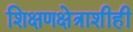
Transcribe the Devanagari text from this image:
शिक्षणक्षेत्राशीही